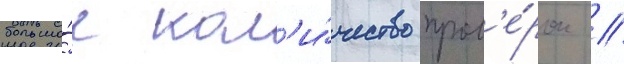
большо́е кол'и́чество пров'е́рок //